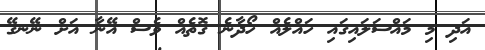
އަދި މި މައްސަލައިގައި ހައްލެއް ހޯދާނެ ގޮތެއް ވެސް އޭނާ އަށް ނޭނގޭ